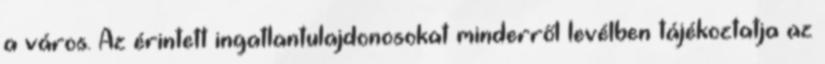
a város. Az érintett ingatlantulajdonosokat minderről levélben tájékoztatja az